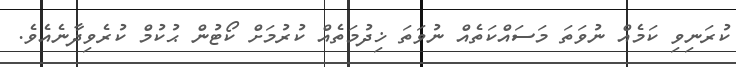
ކުރަނިވި ކަމެއް ނުވަތަ މަސައްކަތެއް ނުވަތަ ޚިދުމަތެއް ކުރުމަށް ކޯޓުން ޙުކުމް ކުރެވިދާނެއެވެ.